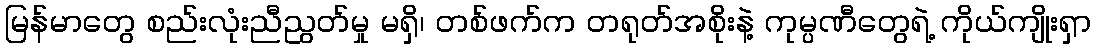
မြန်မာတွေ စည်းလုံးညီညွတ်မှု မရှိ၊ တစ်ဖက်က တရုတ်အစိုးနဲ့ ကုမ္ပဏီတွေရဲ့ ကိုယ်ကျိုးရှာ